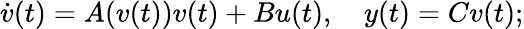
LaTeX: \begin{array}{r}{\dot{v}(t)=A(v(t))v(t)+Bu(t),\quad y(t)=Cv(t);}\end{array}